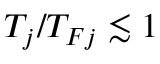
T _ { j } / T _ { F j } \lesssim 1